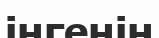
інгенін